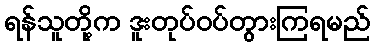
ရန်သူတို့က ဒူးတုပ်ဝပ်တွားကြရမည်